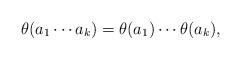
LaTeX: \begin{align*}\theta(a_1\cdots a_k) = \theta(a_1)\cdots \theta(a_k),\end{align*}